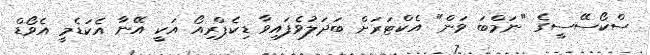
ސްކޯސޭސީގެ "ނަމްބަ ވަން" އެކްޓަރަށް ބަދަލުވެފައިވާ ޑިކެޕްރިއޯ އަކީ އޭނާ އެކަޑެމީ އެވޯޑް